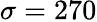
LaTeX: \sigma=270